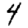
Digit: 4